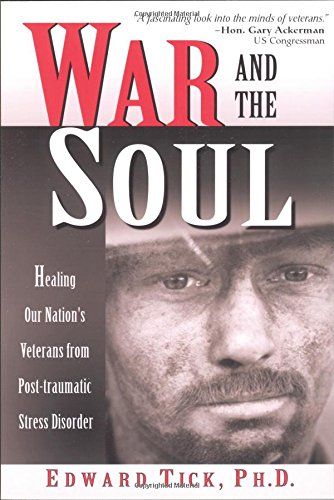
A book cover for War and the Soul: Healing Our Nation's Veterans from Post-Traumatic Stress Disorder; Edward Tick; Health, Fitness & Dieting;